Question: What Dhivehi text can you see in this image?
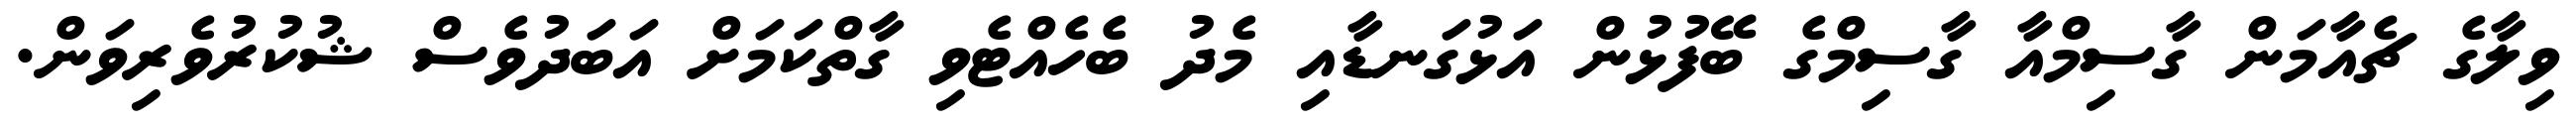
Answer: ވިލާގެ ޗެއާމަން ގާސިމްއާ ގާސިމްގެ ބޭފުޅުން އަޅުގަނޑާއި މެދު ބެހެއްޓެވި ގާތްކަމަށް އަބަދުވެސް ޝުކުރުވެރިވަން.